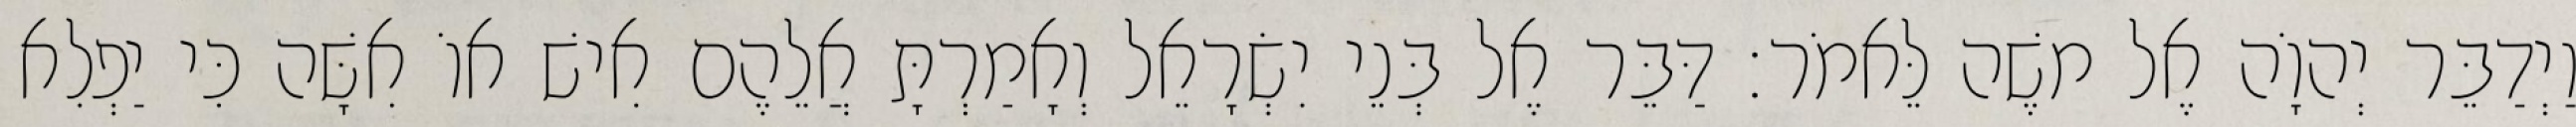
וַיְדַבֵּר יְהוָֹה אֶל משֶׁה לֵּאמֹר׃ דַּבֵּר אֶל בְּנֵי יִשְׂרָאֵל וְאָמַרְתָּ אֲלֵהֶם אִישׁ אוֹ אִשָּׁה כִּי יַפְלִא